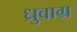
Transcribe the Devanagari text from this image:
ध्रुवाग्र